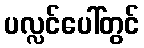
ပလ္လင်ပေါ်တွင်